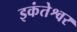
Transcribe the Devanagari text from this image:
इकंतेश्वर